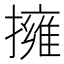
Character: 擁